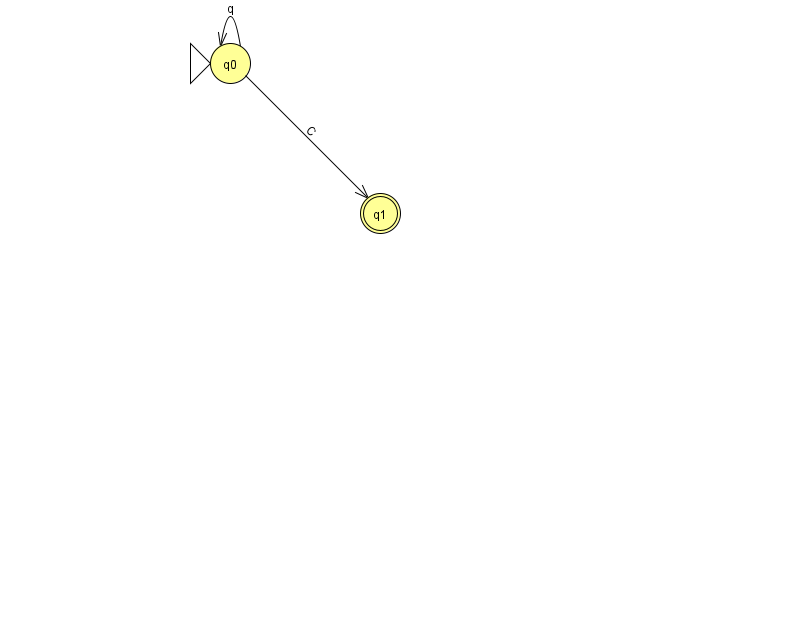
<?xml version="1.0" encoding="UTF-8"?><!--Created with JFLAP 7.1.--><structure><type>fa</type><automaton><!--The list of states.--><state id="0" name="q0"><x>230.0</x><y>50.0</y><initial/></state><state id="1" name="q1"><x>380.0</x><y>200.0</y><final/></state><!--The list of transitions.--><transition><from>0</from><to>0</to><read>q</read></transition><transition><from>0</from><to>1</to><read>C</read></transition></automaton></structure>